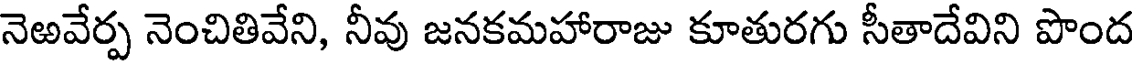
నెఱవేర్ప నెంచితివేని, నీవు జనకమహారాజు కూతురగు సీతాదేవిని పొంద